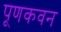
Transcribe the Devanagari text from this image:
पूणकवन